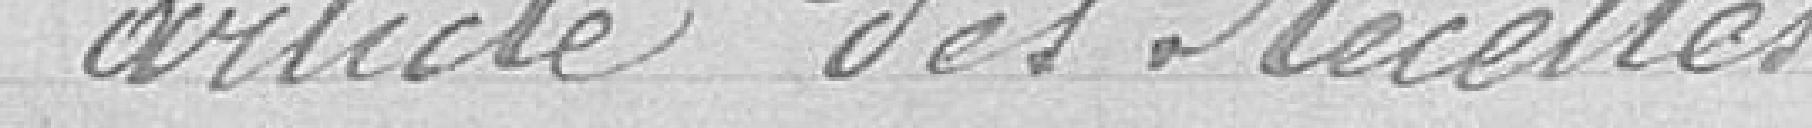
article des recettes